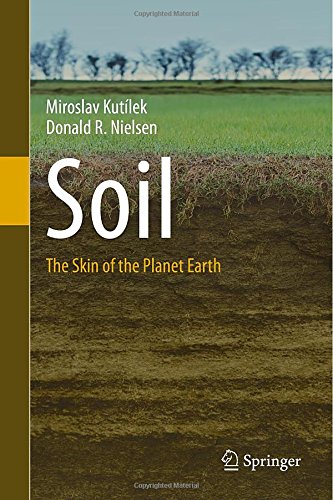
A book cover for Soil: The Skin of the Planet Earth; Miroslav KutÃ­lek; Science & Math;